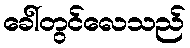
ခေါ်တွင်လေသည်